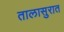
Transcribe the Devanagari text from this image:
तालासुरात